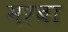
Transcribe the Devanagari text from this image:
मरबा